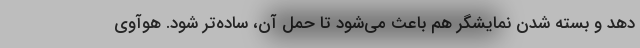
دهد و بسته شدن نمایشگر هم باعث می‌شود تا حمل آن، ساده‌تر شود. هوآوی